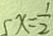
5 x = \frac { 1 } { 2 }